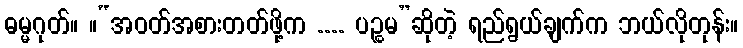
ဓမ္မဂုတ်။ ။“အဝတ်အစားတတ်ဖို့က .... ပဉ္စမ”ဆိုတဲ့ ရည်ရွယ်ချက်က ဘယ်လိုတုန်း။